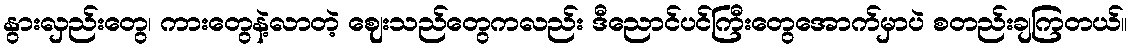
နွားလှည်းတွေ၊ ကားတွေနဲ့လာတဲ့ ဈေးသည်တွေကလည်း ဒီညောင်ပင်ကြီးတွေအောက်မှာပဲ စတည်းချကြတယ်။